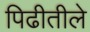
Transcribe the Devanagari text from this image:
पिढीतीले